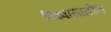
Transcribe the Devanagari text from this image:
विश्‍वासातील